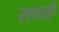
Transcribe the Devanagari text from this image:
सत्ताऍं